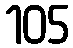
105